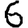
Digit: 6